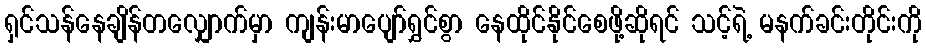
ရှင်သန်နေချိန်တလျှောက်မှာ ကျန်းမာပျော်ရွှင်စွာ နေထိုင်နိုင်စေဖို့ဆိုရင် သင့်ရဲ့ မနက်ခင်းတိုင်းကို